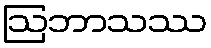
ဩဘာသဿ